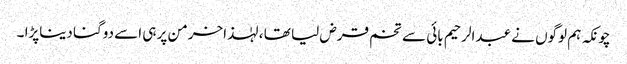
چونکہ ہم لوگوں نے عبدالرحیم بائی سے تخم قرض لیا تھا ، لہٰذاخرمن پر ہی اسے دوگنا دیناپڑا ۔